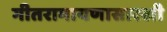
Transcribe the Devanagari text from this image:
गीतरामायणासारखी